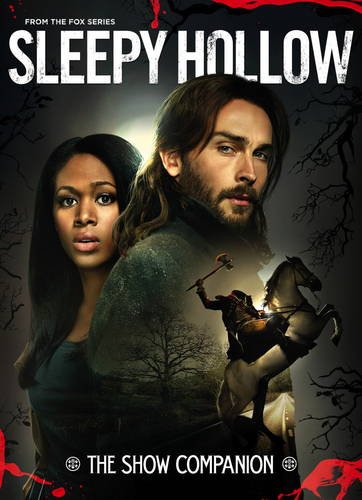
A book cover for Sleepy Hollow; Tara Bennett; Humor & Entertainment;